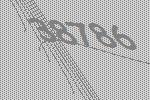
38786